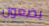
يضعون